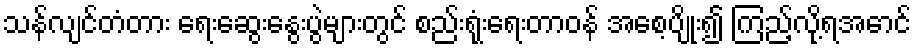
သန်လျင်တံတား ရေးဆွေးနွေးပွဲများတွင် စည်းရုံးရေးတာဝန် အစေ့ပျိုး၍ ကြည့်လို့ရအောင်